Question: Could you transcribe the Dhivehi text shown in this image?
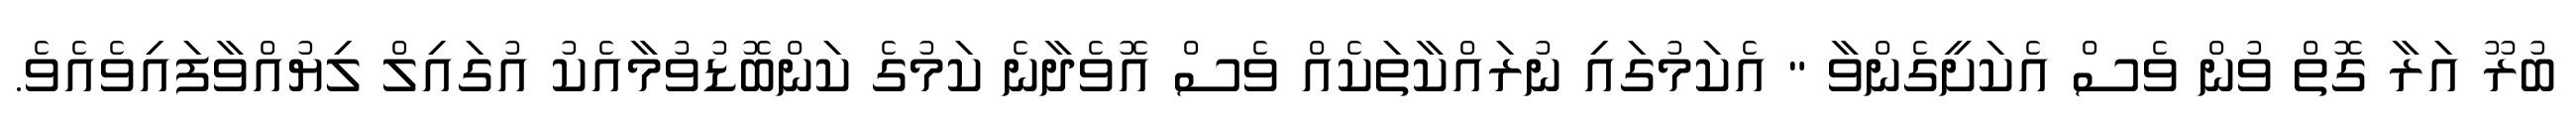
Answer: ބުރޫ އަރާ ގޮތް ވުން ވެސް އެކަށީގެންވާ " އެކަމުގައި ނުރައްކާތަކެއް ވެސް އޮވެދާނެ ކަމުގެ ކަންބޮޑުވުމާއެކު އުގައިލް ލިޔުއްވާފައިވެއެވެ.